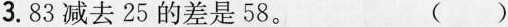
)3.83减去25的差是58。 ()